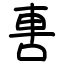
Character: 軎